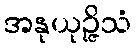
အနုယုဉ္ဇိသံ